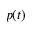
p ( t )